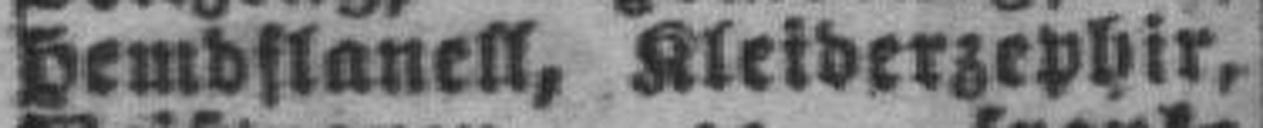
Hemdflanell, Kleiderzephir,